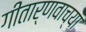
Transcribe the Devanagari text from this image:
गीतार्णवाच्या